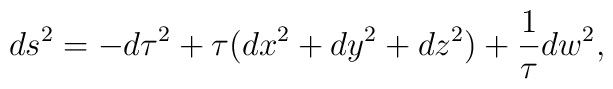
ds^2=-d\tau^2+\tau(dx^2+dy^2+dz^2)+\frac{1}{\tau}dw^2,